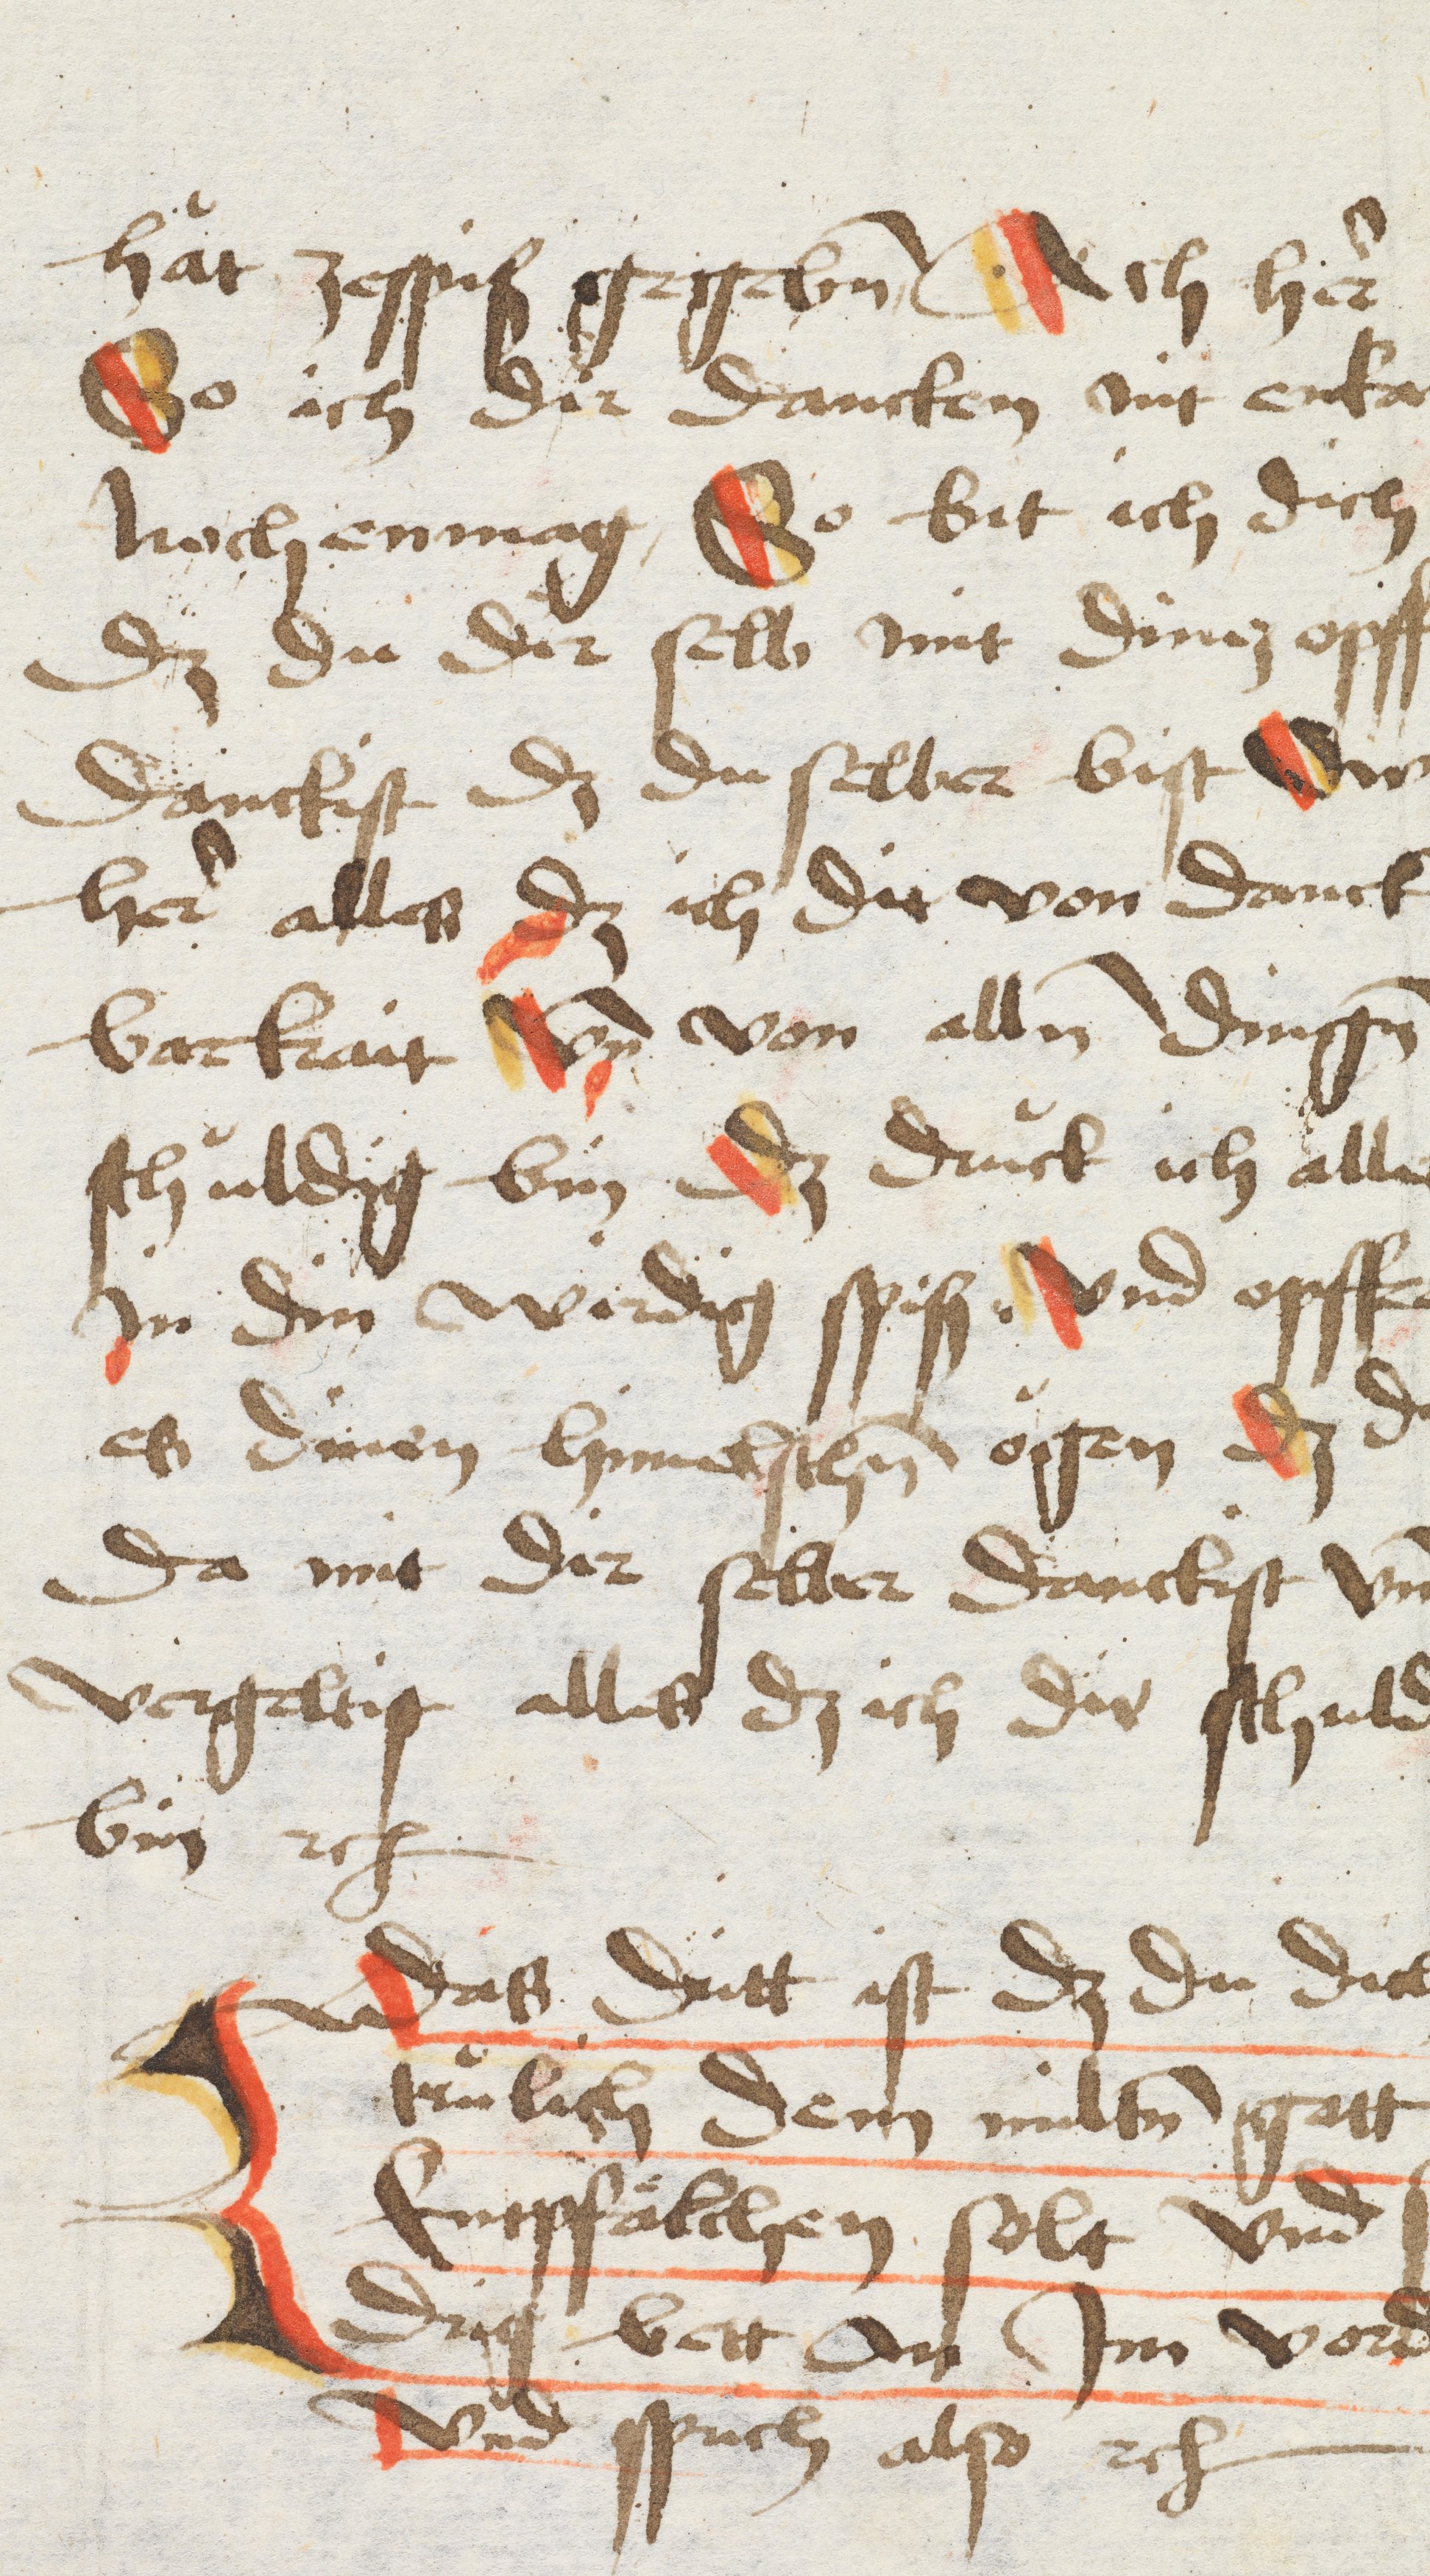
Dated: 1491–1505